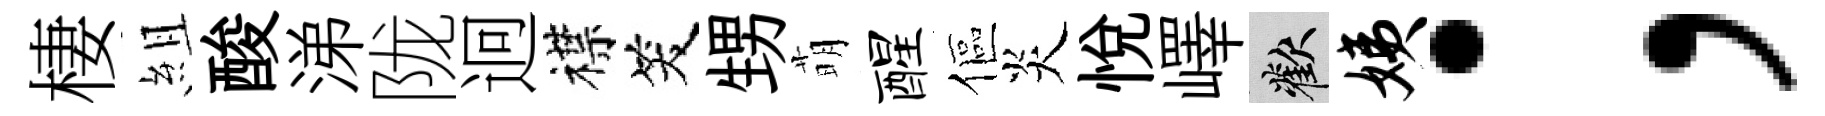
棲組酸涕陇迥襟笑甥萌醒傴炎悅嶧歡姨；